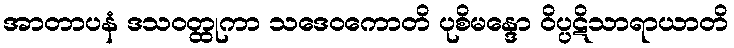
အာတာပနံ ဒသဝတ္ထုကာ သဒေဝကောတိ ပုစိမန္ဒော ဝိပ္ပဋိသာရာယာတိ